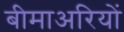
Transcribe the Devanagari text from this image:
बीमाअरियों